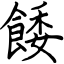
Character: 餧